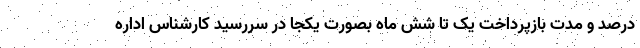
درصد و مدت بازپرداخت یک تا شش ماه بصورت یکجا در سررسید کارشناس اداره